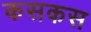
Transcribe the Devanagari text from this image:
कसकस